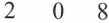
2 0 8